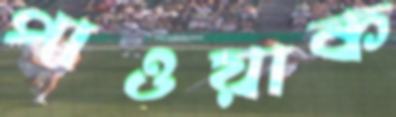
পাওয়াক